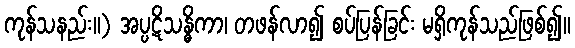
ကုန်သနည်း။) အပ္ပဋိသန္ဓိကာ၊ တဖန်လာ၍ စပ်ပြန်ခြင်း မရှိကုန်သည်ဖြစ်၍။